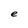
Character: e